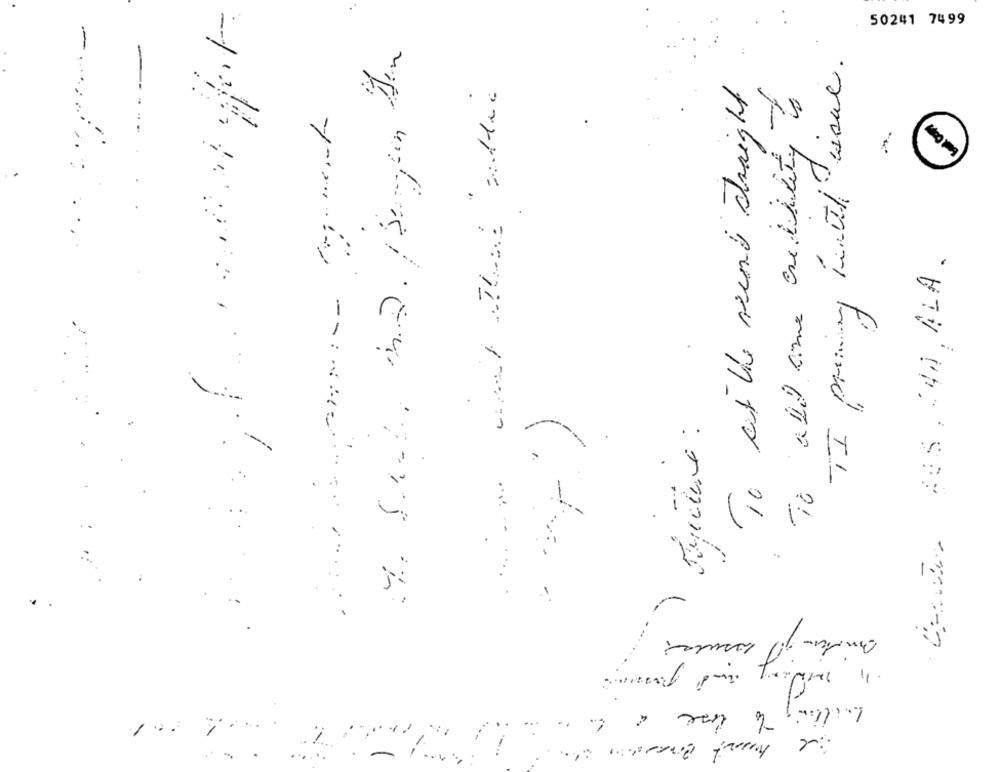
-
50241 7499
i issue .
To at the rend straight
To alld ame credibility to
But Copf
.
Ce 205, 140, ALA.
TI pricing
..